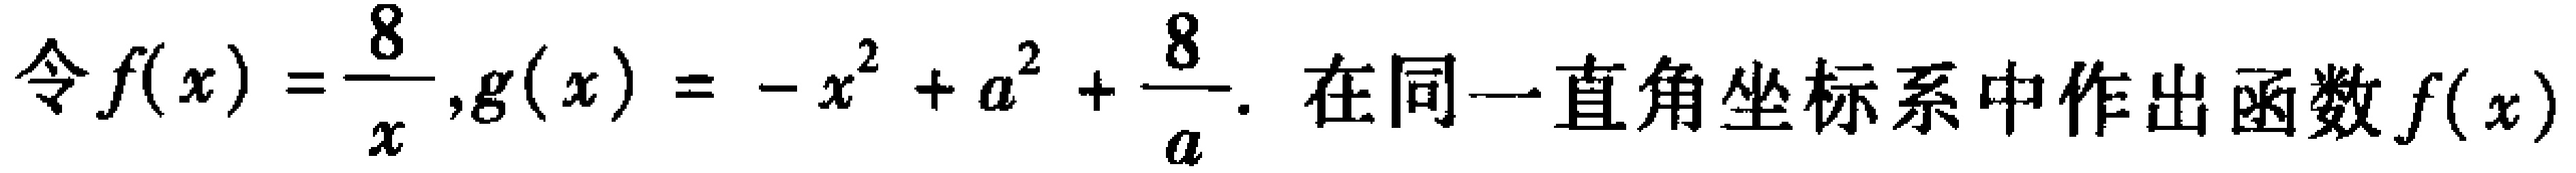
令$f(x)=\frac{8}{x},g(x)=-x^{2}+a^{2}+\frac{8}{a}.$ 在同一直角坐标系中作出函数$f(x)$